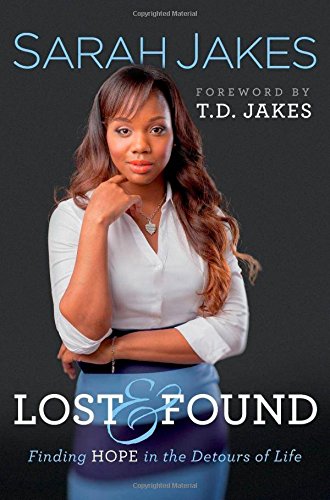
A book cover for Lost and Found: Finding Hope in the Detours of Life; Sarah Jakes; Christian Books & Bibles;